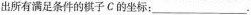
出所有满足条件的棋子C的坐标：___.